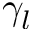
\gamma _ { l }